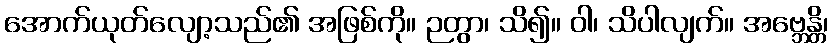
အောက်ယုတ်လျော့သည်၏ အဖြစ်ကို။ ဉတွာ၊ သိ၍။ ဝါ၊ သိပါလျက်။ အဗ္ဘေန္တိ၊